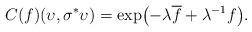
LaTeX: \begin{align*} C(f)(\upsilon,\sigma^{\ast}\upsilon)=\exp\bigl( -\lambda \overline{f}+\lambda^{-1}f \bigr).\end{align*}